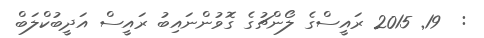
:  19